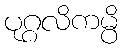
ပုဂ္ဂလိကမ္ပိ